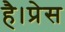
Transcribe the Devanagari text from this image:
है।प्रेस